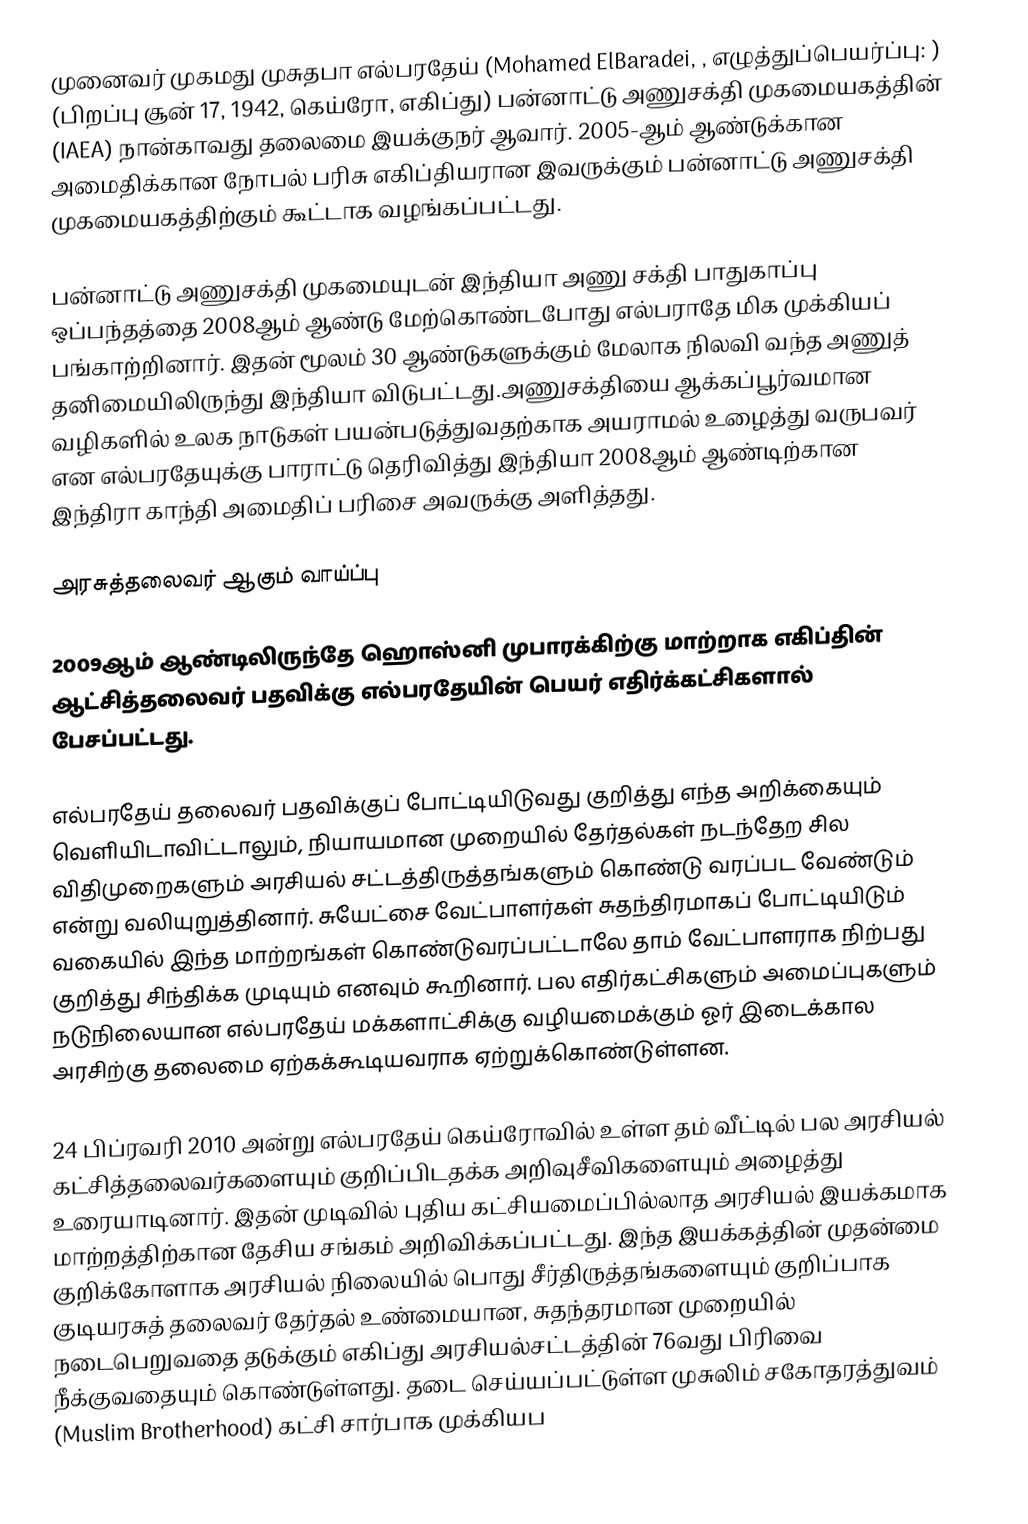
முனைவர் முகமது முசுதபா எல்பரதேய் (Mohamed ElBaradei, , எழுத்துப்பெயர்ப்பு: ) (பிறப்பு சூன் 17, 1942, கெய்ரோ, எகிப்து) பன்னாட்டு அணுசக்தி முகமையகத்தின் (IAEA) நான்காவது தலைமை இயக்குநர் ஆவார். 2005-ஆம் ஆண்டுக்கான அமைதிக்கான நோபல் பரிசு எகிப்தியரான  இவருக்கும் பன்னாட்டு அணுசக்தி முகமையகத்திற்கும் கூட்டாக வழங்கப்பட்டது.

பன்னாட்டு அணுசக்தி முகமையுடன் இந்தியா அணு சக்தி பாதுகாப்பு ஒப்பந்தத்தை 2008ஆம் ஆண்டு மேற்கொண்டபோது எல்பராதே மிக முக்கியப் பங்காற்றினார். இதன் மூலம் 30 ஆண்டுகளுக்கும் மேலாக நிலவி வந்த அணுத் தனிமையிலிருந்து இந்தியா விடுபட்டது.அணுசக்தியை ஆக்கப்பூர்வமான வழிகளில் உலக நாடுகள் பயன்படுத்துவதற்காக அயராமல் உழைத்து வருபவர் என எல்பரதேயுக்கு பாராட்டு தெரிவித்து இந்தியா 2008ஆம் ஆண்டிற்கான இந்திரா காந்தி அமைதிப் பரிசை அவருக்கு அளித்தது.

அரசுத்தலைவர் ஆகும் வாய்ப்பு

2009ஆம் ஆண்டிலிருந்தே  ஹொஸ்னி முபாரக்கிற்கு மாற்றாக எகிப்தின் ஆட்சித்தலைவர் பதவிக்கு எல்பரதேயின் பெயர் எதிர்க்கட்சிகளால் பேசப்பட்டது.

எல்பரதேய் தலைவர் பதவிக்குப் போட்டியிடுவது குறித்து எந்த அறிக்கையும் வெளியிடாவிட்டாலும், நியாயமான முறையில் தேர்தல்கள் நடந்தேற சில விதிமுறைகளும் அரசியல் சட்டத்திருத்தங்களும் கொண்டு வரப்பட வேண்டும் என்று வலியுறுத்தினார். சுயேட்சை வேட்பாளர்கள் சுதந்திரமாகப் போட்டியிடும் வகையில் இந்த மாற்றங்கள் கொண்டுவரப்பட்டாலே தாம் வேட்பாளராக நிற்பது குறித்து சிந்திக்க முடியும் எனவும் கூறினார். பல எதிர்கட்சிகளும் அமைப்புகளும் நடுநிலையான எல்பரதேய் மக்களாட்சிக்கு வழியமைக்கும் ஓர் இடைக்கால அரசிற்கு தலைமை ஏற்கக்கூடியவராக ஏற்றுக்கொண்டுள்ளன.

24 பிப்ரவரி 2010 அன்று எல்பரதேய் கெய்ரோவில் உள்ள தம் வீட்டில் பல அரசியல் கட்சித்தலைவர்களையும் குறிப்பிடதக்க அறிவுசீவிகளையும் அழைத்து உரையாடினார். இதன் முடிவில் புதிய கட்சியமைப்பில்லாத அரசியல் இயக்கமாக மாற்றத்திற்கான தேசிய சங்கம் அறிவிக்கப்பட்டது. இந்த இயக்கத்தின் முதன்மை குறிக்கோளாக அரசியல் நிலையில் பொது சீர்திருத்தங்களையும் குறிப்பாக குடியரசுத் தலைவர் தேர்தல் உண்மையான, சுதந்தரமான முறையில் நடைபெறுவதை தடுக்கும் எகிப்து அரசியல்சட்டத்தின் 76வது பிரிவை  நீக்குவதையும் கொண்டுள்ளது. தடை செய்யப்பட்டுள்ள முசுலிம் சகோதரத்துவம் (Muslim Brotherhood) கட்சி சார்பாக முக்கியப